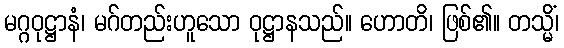
မဂ္ဂဝုဋ္ဌာနံ၊ မဂ်တည်းဟူသော ဝုဋ္ဌာနသည်။ ဟောတိ၊ ဖြစ်၏။ တသ္မိံ၊